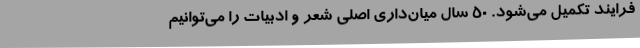
فرایند تکمیل می‌شود. 50 سال میان‌داری اصلی شعر و ادبیات را می‌توانیم